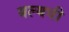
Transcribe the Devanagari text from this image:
बल्बची